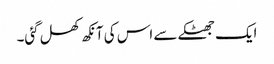
ایک جھٹکے سے اس کی آنکھ کھل گئی۔